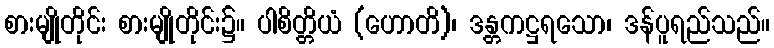
စားမျိုတိုင်း စားမျိုတိုင်း၌။ ပါစိတ္တိယံ (ဟောတိ)၊ ဒန္တကဋ္ဌရသော၊ ဒန်ပူရည်သည်။